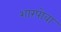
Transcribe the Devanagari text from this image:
शारपोवा